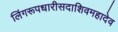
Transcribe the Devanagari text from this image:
लिंगरूपधारीसदाशिवमहादेव